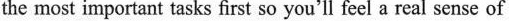
the most important tasks first so you'll feel a real sense of